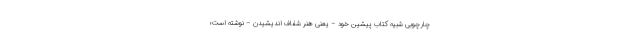
چارچوبی شبیه کتاب پیشین خود – یعنی هنر شفاف اندیشیدن – نوشته است؛